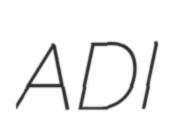
ADI